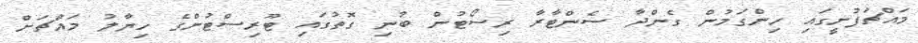
މައްޗަފުށީގައި ހިންގަމުން ގެންދާ ސެންޓާރާ ރިސޯޓުން ބުނި ގޮތުގައި ޓޫރިސްޓުންގެ ހިޔާލު މައްޗަށް